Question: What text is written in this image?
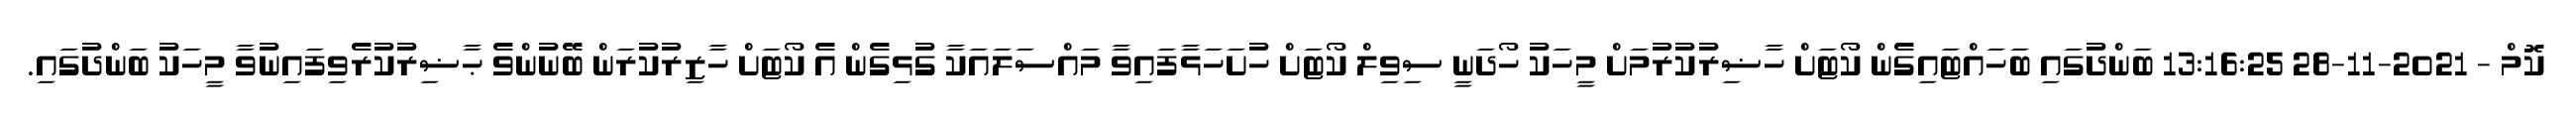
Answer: ކޮމް - 2021-11-28 13:16:25 ބަންދުގައި ބަހައްޓައިގެން ކޯޓަށް ހާޟިރުކުރުމަށް މީހަކު ހޯދަނީ ސިވިލް ކޯޓަށް ހުށަހަޅާފައިވާ މައްސަލައަކާ ގުޅިގެން އެ ކޯޓަށް ހާޒިރުކުރަން ބޭނުންވެ ޙާޟިރުކުރެވިފައިނުވާ މީހަކު ބަންދުގައި.